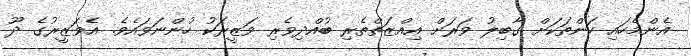
އެންމެހައި ކަންތަކަށް ގާބިލު ވަރަށް އިއްޒަތްތެރި ބުއްދިވެރި ވަޒީރަކު ހުންނަވައެވެ. އެވަޒީރުގެ ދޫ